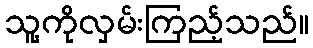
သူ့ကိုလှမ်းကြည့်သည်။